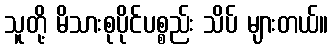
သူတို့ မိသားစုပိုင်ပစ္စည်း သိပ် များတယ်။